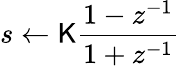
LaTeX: s\leftarrow\mathsf{K}{\frac{{1-z^{-1}}}{{1+z^{-1}}}}